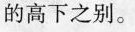
的高下之别。